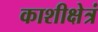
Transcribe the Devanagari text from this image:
काशीक्षेत्रं